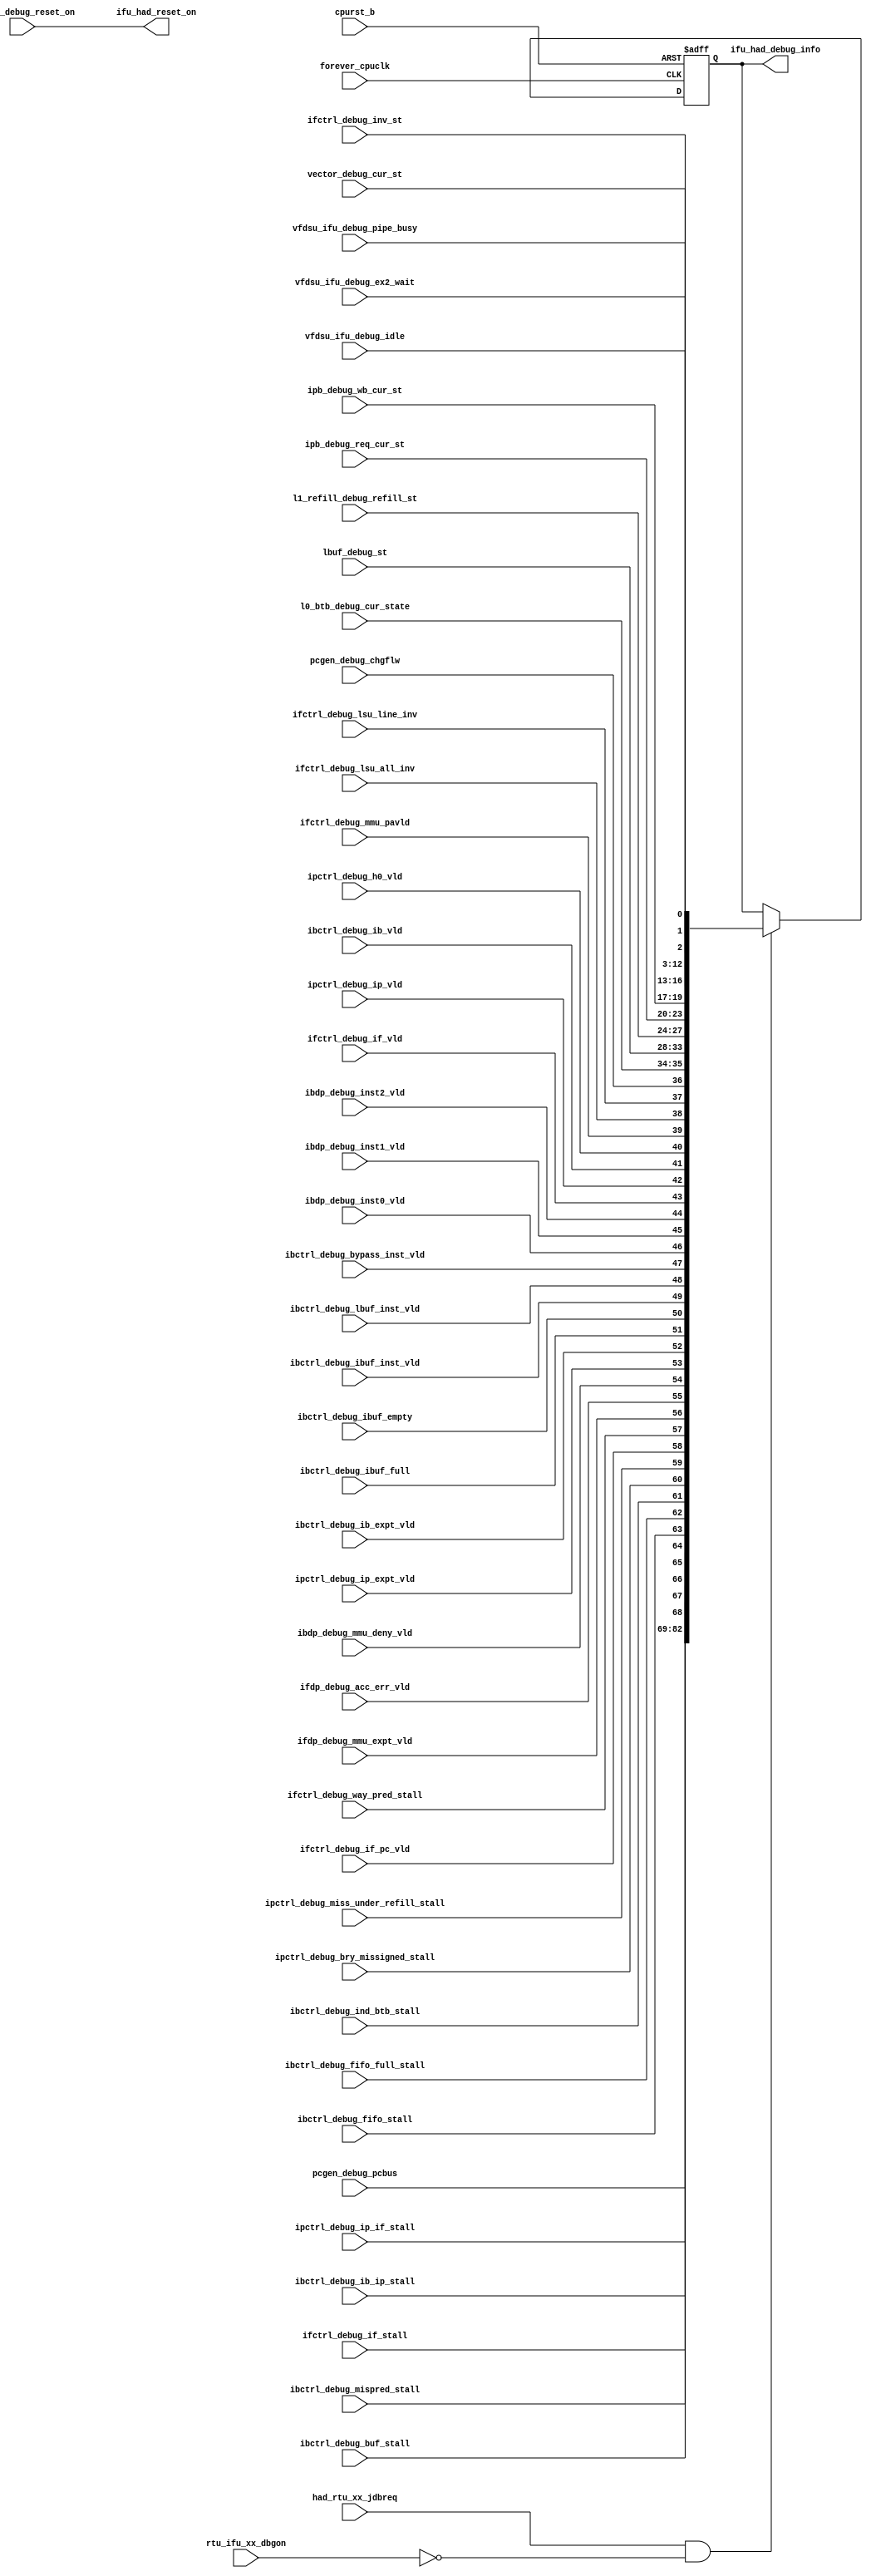
/*Copyright 2019-2021 T-Head Semiconductor Co., Ltd.

Licensed under the Apache License, Version 2.0 (the "License");
you may not use this file except in compliance with the License.
You may obtain a copy of the License at

    http://www.apache.org/licenses/LICENSE-2.0

Unless required by applicable law or agreed to in writing, software
distributed under the License is distributed on an "AS IS" BASIS,
WITHOUT WARRANTIES OR CONDITIONS OF ANY KIND, either express or implied.
See the License for the specific language governing permissions and
limitations under the License.
*/

// &ModuleBeg; @22
module ct_ifu_debug(
  cpurst_b,
  forever_cpuclk,
  had_rtu_xx_jdbreq,
  ibctrl_debug_buf_stall,
  ibctrl_debug_bypass_inst_vld,
  ibctrl_debug_fifo_full_stall,
  ibctrl_debug_fifo_stall,
  ibctrl_debug_ib_expt_vld,
  ibctrl_debug_ib_ip_stall,
  ibctrl_debug_ib_vld,
  ibctrl_debug_ibuf_empty,
  ibctrl_debug_ibuf_full,
  ibctrl_debug_ibuf_inst_vld,
  ibctrl_debug_ind_btb_stall,
  ibctrl_debug_lbuf_inst_vld,
  ibctrl_debug_mispred_stall,
  ibdp_debug_inst0_vld,
  ibdp_debug_inst1_vld,
  ibdp_debug_inst2_vld,
  ibdp_debug_mmu_deny_vld,
  ifctrl_debug_if_pc_vld,
  ifctrl_debug_if_stall,
  ifctrl_debug_if_vld,
  ifctrl_debug_inv_st,
  ifctrl_debug_lsu_all_inv,
  ifctrl_debug_lsu_line_inv,
  ifctrl_debug_mmu_pavld,
  ifctrl_debug_way_pred_stall,
  ifdp_debug_acc_err_vld,
  ifdp_debug_mmu_expt_vld,
  ifu_had_debug_info,
  ifu_had_reset_on,
  ipb_debug_req_cur_st,
  ipb_debug_wb_cur_st,
  ipctrl_debug_bry_missigned_stall,
  ipctrl_debug_h0_vld,
  ipctrl_debug_ip_expt_vld,
  ipctrl_debug_ip_if_stall,
  ipctrl_debug_ip_vld,
  ipctrl_debug_miss_under_refill_stall,
  l0_btb_debug_cur_state,
  l1_refill_debug_refill_st,
  lbuf_debug_st,
  pcgen_debug_chgflw,
  pcgen_debug_pcbus,
  rtu_ifu_xx_dbgon,
  vector_debug_cur_st,
  vector_debug_reset_on,
  vfdsu_ifu_debug_ex2_wait,
  vfdsu_ifu_debug_idle,
  vfdsu_ifu_debug_pipe_busy
);

// &Ports; @23
input           cpurst_b;                            
input           forever_cpuclk;                      
input           had_rtu_xx_jdbreq;                   
input           ibctrl_debug_buf_stall;              
input           ibctrl_debug_bypass_inst_vld;        
input           ibctrl_debug_fifo_full_stall;        
input           ibctrl_debug_fifo_stall;             
input           ibctrl_debug_ib_expt_vld;            
input           ibctrl_debug_ib_ip_stall;            
input           ibctrl_debug_ib_vld;                 
input           ibctrl_debug_ibuf_empty;             
input           ibctrl_debug_ibuf_full;              
input           ibctrl_debug_ibuf_inst_vld;          
input           ibctrl_debug_ind_btb_stall;          
input           ibctrl_debug_lbuf_inst_vld;          
input           ibctrl_debug_mispred_stall;          
input           ibdp_debug_inst0_vld;                
input           ibdp_debug_inst1_vld;                
input           ibdp_debug_inst2_vld;                
input           ibdp_debug_mmu_deny_vld;             
input           ifctrl_debug_if_pc_vld;              
input           ifctrl_debug_if_stall;               
input           ifctrl_debug_if_vld;                 
input   [3 :0]  ifctrl_debug_inv_st;                 
input           ifctrl_debug_lsu_all_inv;            
input           ifctrl_debug_lsu_line_inv;           
input           ifctrl_debug_mmu_pavld;              
input           ifctrl_debug_way_pred_stall;         
input           ifdp_debug_acc_err_vld;              
input           ifdp_debug_mmu_expt_vld;             
input   [3 :0]  ipb_debug_req_cur_st;                
input   [2 :0]  ipb_debug_wb_cur_st;                 
input           ipctrl_debug_bry_missigned_stall;    
input           ipctrl_debug_h0_vld;                 
input           ipctrl_debug_ip_expt_vld;            
input           ipctrl_debug_ip_if_stall;            
input           ipctrl_debug_ip_vld;                 
input           ipctrl_debug_miss_under_refill_stall; 
input   [1 :0]  l0_btb_debug_cur_state;              
input   [3 :0]  l1_refill_debug_refill_st;           
input   [5 :0]  lbuf_debug_st;                       
input           pcgen_debug_chgflw;                  
input   [13:0]  pcgen_debug_pcbus;                   
input           rtu_ifu_xx_dbgon;                    
input   [9 :0]  vector_debug_cur_st;                 
input           vector_debug_reset_on;               
input           vfdsu_ifu_debug_ex2_wait;            
input           vfdsu_ifu_debug_idle;                
input           vfdsu_ifu_debug_pipe_busy;           
output  [82:0]  ifu_had_debug_info;                  
output          ifu_had_reset_on;                    

// &Regs; @24
reg     [82:0]  ifu_had_debug_info;                  

// &Wires; @25
wire            bry_missigned_stall;                 
wire            buf_stall;                           
wire            bypass_inst_vld;                     
wire            chgflw;                              
wire            cpurst_b;                            
wire            dbg_ack_info;                        
wire            fifo_full_stall;                     
wire            fifo_stall;                          
wire            forever_cpuclk;                      
wire    [82:0]  had_debug_info;                      
wire            had_rtu_xx_jdbreq;                   
wire            ib_expt_vld;                         
wire            ib_ip_stall;                         
wire            ib_mmu_deny_vld;                     
wire            ib_vld;                              
wire            ibctrl_debug_buf_stall;              
wire            ibctrl_debug_bypass_inst_vld;        
wire            ibctrl_debug_fifo_full_stall;        
wire            ibctrl_debug_fifo_stall;             
wire            ibctrl_debug_ib_expt_vld;            
wire            ibctrl_debug_ib_ip_stall;            
wire            ibctrl_debug_ib_vld;                 
wire            ibctrl_debug_ibuf_empty;             
wire            ibctrl_debug_ibuf_full;              
wire            ibctrl_debug_ibuf_inst_vld;          
wire            ibctrl_debug_ind_btb_stall;          
wire            ibctrl_debug_lbuf_inst_vld;          
wire            ibctrl_debug_mispred_stall;          
wire            ibdp_debug_inst0_vld;                
wire            ibdp_debug_inst1_vld;                
wire            ibdp_debug_inst2_vld;                
wire            ibdp_debug_mmu_deny_vld;             
wire            ibuf_empty;                          
wire            ibuf_full;                           
wire            ibuf_inst_vld;                       
wire            if_acc_err_vld;                      
wire            if_mmu_expt_vld;                     
wire            if_pc_vld;                           
wire            if_self_stall;                       
wire            if_vld;                              
wire            ifctrl_debug_if_pc_vld;              
wire            ifctrl_debug_if_stall;               
wire            ifctrl_debug_if_vld;                 
wire    [3 :0]  ifctrl_debug_inv_st;                 
wire            ifctrl_debug_lsu_all_inv;            
wire            ifctrl_debug_lsu_line_inv;           
wire            ifctrl_debug_mmu_pavld;              
wire            ifctrl_debug_way_pred_stall;         
wire            ifdp_debug_acc_err_vld;              
wire            ifdp_debug_mmu_expt_vld;             
wire            ifu_had_reset_on;                    
wire            ind_btb_stall;                       
wire            inst0_vld;                           
wire            inst1_vld;                           
wire            inst2_vld;                           
wire    [3 :0]  inv_cur_st;                          
wire            ip_expt_vld;                         
wire            ip_h0_vld;                           
wire            ip_if_stall;                         
wire            ip_vld;                              
wire    [3 :0]  ipb_debug_req_cur_st;                
wire    [2 :0]  ipb_debug_wb_cur_st;                 
wire            ipctrl_debug_bry_missigned_stall;    
wire            ipctrl_debug_h0_vld;                 
wire            ipctrl_debug_ip_expt_vld;            
wire            ipctrl_debug_ip_if_stall;            
wire            ipctrl_debug_ip_vld;                 
wire            ipctrl_debug_miss_under_refill_stall; 
wire    [1 :0]  l0_btb_cur_state;                    
wire    [1 :0]  l0_btb_debug_cur_state;              
wire    [3 :0]  l1_refill_debug_refill_st;           
wire    [5 :0]  lbuf_cur_state;                      
wire    [5 :0]  lbuf_debug_st;                       
wire            lbuf_inst_vld;                       
wire            lsu_ifu_all_inv;                     
wire            lsu_ifu_line_inv;                    
wire            mispred_stall;                       
wire            miss_under_refill_stall;             
wire            mmu_ifu_pa_vld;                      
wire    [13:0]  pc_bus;                              
wire            pcgen_debug_chgflw;                  
wire    [13:0]  pcgen_debug_pcbus;                   
wire    [3 :0]  pref_req_cur_st;                     
wire    [2 :0]  pref_wb_cur_st;                      
wire    [3 :0]  refill_cur_state;                    
wire            rtu_ifu_xx_dbgon;                    
wire    [9 :0]  vector_cur_st;                       
wire    [9 :0]  vector_debug_cur_st;                 
wire            vector_debug_reset_on;               
wire            vfdsu_ex2_wait;                      
wire            vfdsu_idle;                          
wire            vfdsu_ifu_debug_ex2_wait;            
wire            vfdsu_ifu_debug_idle;                
wire            vfdsu_ifu_debug_pipe_busy;           
wire            vfdsu_pipe_busy;                     
wire            way_pred_stall;                      


//83-69-pc_bus
assign pc_bus[13:0]            = pcgen_debug_pcbus[13:0];


//68-ib_ip_stall
assign ib_ip_stall             = ibctrl_debug_ib_ip_stall;
//67-ip_if_stall
assign ip_if_stall             = ipctrl_debug_ip_if_stall;
//66-if_self_stall
assign if_self_stall           = ifctrl_debug_if_stall;
//65-mispred_stall
assign mispred_stall           = ibctrl_debug_mispred_stall;
//64-buf_stall
assign buf_stall               = ibctrl_debug_buf_stall;
//63-fifo_stall
assign fifo_stall              = ibctrl_debug_fifo_stall;
//62-fifo_full_stall
assign fifo_full_stall         = ibctrl_debug_fifo_full_stall;
//61-ind_btb_stall
assign ind_btb_stall           = ibctrl_debug_ind_btb_stall;
//60-bry_missigned_stall
assign bry_missigned_stall     = ipctrl_debug_bry_missigned_stall;
//59-miss_under_refill_stall
assign miss_under_refill_stall = ipctrl_debug_miss_under_refill_stall;
//58-if_pc_vld
assign if_pc_vld               = ifctrl_debug_if_pc_vld;
//57-way_pred_stall
assign way_pred_stall          = ifctrl_debug_way_pred_stall;
//56-if_mmu_expt_vld
assign if_mmu_expt_vld         = ifdp_debug_mmu_expt_vld;
//55-if_acc_err_vld
assign if_acc_err_vld          = ifdp_debug_acc_err_vld;
//54-ib_mmu_deny_vld
assign ib_mmu_deny_vld         = ibdp_debug_mmu_deny_vld;
//53-ip_expt_vld
assign ip_expt_vld             = ipctrl_debug_ip_expt_vld;
//52-ib_expt_vld
assign ib_expt_vld             = ibctrl_debug_ib_expt_vld;


//51-ibuf_full
assign ibuf_full               = ibctrl_debug_ibuf_full;
//50-ibuf_empty
assign ibuf_empty              = ibctrl_debug_ibuf_empty;
//49-ibuf_inst_vld
assign ibuf_inst_vld           = ibctrl_debug_ibuf_inst_vld;
//48-lbuf_inst_vld
assign lbuf_inst_vld           = ibctrl_debug_lbuf_inst_vld;
//47-bypass_inst_vld
assign bypass_inst_vld         = ibctrl_debug_bypass_inst_vld;
//46-inst0_vld
assign inst0_vld               = ibdp_debug_inst0_vld;
//45-inst1_vld
assign inst1_vld               = ibdp_debug_inst1_vld;
//44-inst2_vld
assign inst2_vld               = ibdp_debug_inst2_vld;
//43-if_vld
assign if_vld                  = ifctrl_debug_if_vld;
//42-ip_vld
assign ip_vld                  = ipctrl_debug_ip_vld;
//41-ib_vld
assign ib_vld                  = ibctrl_debug_ib_vld;
//40-ip_h0_vld
assign ip_h0_vld               = ipctrl_debug_h0_vld;
//39-mmu_ifu_pa_vld
assign mmu_ifu_pa_vld          = ifctrl_debug_mmu_pavld;
//38-lsu_ifu_all_inv
assign lsu_ifu_all_inv         = ifctrl_debug_lsu_all_inv;
//37-lsu_ifu_line_inv
assign lsu_ifu_line_inv        = ifctrl_debug_lsu_line_inv;
//36-chgflw
assign chgflw                  = pcgen_debug_chgflw;

//35-34-l0_btb_cur_state
assign l0_btb_cur_state[1:0]   = l0_btb_debug_cur_state[1:0];
//33-28-lbuf_cur_state
assign lbuf_cur_state[5:0]     = lbuf_debug_st[5:0];
//27-24-refill_cur_state
assign refill_cur_state[3:0]   = l1_refill_debug_refill_st[3:0];
//23-20-pref_req_cur_st
assign pref_req_cur_st[3:0]    = ipb_debug_req_cur_st[3:0];
//19-17-pref_wb_cur_st
assign pref_wb_cur_st[2:0]     = ipb_debug_wb_cur_st[2:0];
//16-13-inv_cur_st
assign inv_cur_st[3:0]         = ifctrl_debug_inv_st[3:0];
//12-3-vector_cur_st
assign vector_cur_st[9:0]      = vector_debug_cur_st[9:0];
//2-vfdsu_pipe_busy
assign vfdsu_pipe_busy         = vfdsu_ifu_debug_pipe_busy;
//1-vfdsu_ex2_wait
assign vfdsu_ex2_wait          = vfdsu_ifu_debug_ex2_wait;
//0-vfdsu_idle
assign vfdsu_idle              = vfdsu_ifu_debug_idle;

//Merge
assign had_debug_info[82:0]    = {pc_bus[13:0],
                                   ib_ip_stall,
                                   ip_if_stall,
                                   if_self_stall,
                                   mispred_stall,
                                   buf_stall,
                                   fifo_stall,
                                   fifo_full_stall,
                                   ind_btb_stall,
                                   bry_missigned_stall,
                                   miss_under_refill_stall,
                                   if_pc_vld,
                                   way_pred_stall,
                                   if_mmu_expt_vld,
                                   if_acc_err_vld,
                                   ib_mmu_deny_vld,
                                   ip_expt_vld,
                                   ib_expt_vld,
                                   ibuf_full,
                                   ibuf_empty,
                                   ibuf_inst_vld,
                                   lbuf_inst_vld,
                                   bypass_inst_vld,
                                   inst0_vld,
                                   inst1_vld,
                                   inst2_vld,
                                   if_vld,
                                   ip_vld,
                                   ib_vld,
                                   ip_h0_vld,
                                   mmu_ifu_pa_vld,
                                   lsu_ifu_all_inv,
                                   lsu_ifu_line_inv,
                                   chgflw,
                                   l0_btb_cur_state[1:0],
                                   lbuf_cur_state[5:0],
                                   refill_cur_state[3:0],
                                   pref_req_cur_st[3:0],
                                   pref_wb_cur_st[2:0],
                                   inv_cur_st[3:0],
                                   vector_cur_st[9:0],
                                   vfdsu_pipe_busy,
                                   vfdsu_ex2_wait,
                                   vfdsu_idle};

//flop data for timing                                 
assign dbg_ack_info            = had_rtu_xx_jdbreq 
                              && !rtu_ifu_xx_dbgon;

always @(posedge forever_cpuclk or negedge cpurst_b)
begin
  if(!cpurst_b)
    ifu_had_debug_info[82:0] <= 83'b0;
  else if(dbg_ack_info)
    ifu_had_debug_info[82:0] <= had_debug_info[82:0];
  else
    ifu_had_debug_info[82:0] <= ifu_had_debug_info[82:0];
end
    
// &Force("output","ifu_had_debug_info"); @181
assign ifu_had_reset_on = vector_debug_reset_on;

// &ModuleEnd; @184
endmodule